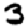
Digit: 3